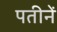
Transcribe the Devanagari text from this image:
पतीनें